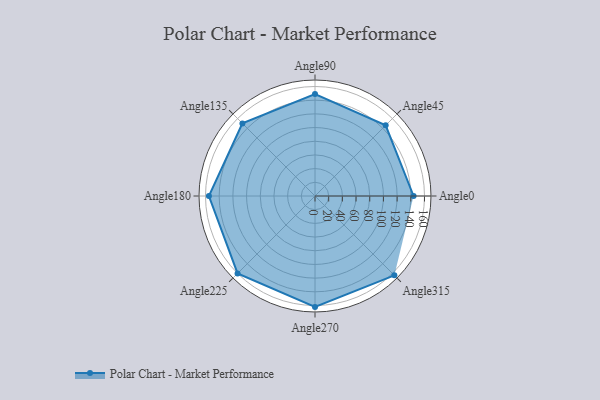
{"axis": {"x": "Angle", "y": "Radius"}, "legend": [""], "data": [{"x": "Angle0", "y": 144.0, "type": ""}, {"x": "Angle45", "y": 146.0, "type": ""}, {"x": "Angle90", "y": 149.0, "type": ""}, {"x": "Angle135", "y": 150.0, "type": ""}, {"x": "Angle180", "y": 155.0, "type": ""}, {"x": "Angle225", "y": 160.0, "type": ""}, {"x": "Angle270", "y": 162.0, "type": ""}, {"x": "Angle315", "y": 164.0, "type": ""}]}